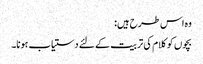
وہ اس طرح ہیں:
بچوں کو کلام کی تربیت کے لئے دستیاب ہونا۔